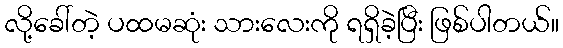
လို့ခေါ်တဲ့ ပထမဆုံး သားလေးကို ရရှိခဲ့ပြီး ဖြစ်ပါတယ်။